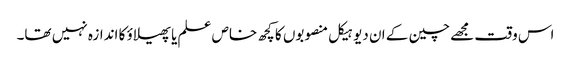
اس وقت مجھے چین کے ان دیو ہیکل منصوبوں کا کچھ خاص علم یا پھیلاؤ کا اندازہ نہیں تھا۔